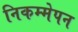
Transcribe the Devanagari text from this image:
निकम्मेपन